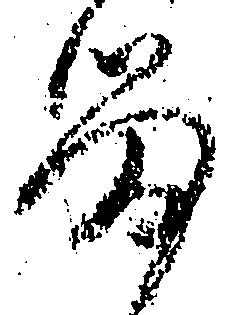
留